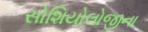
સોશિયોલોજીના